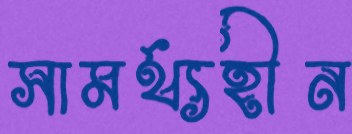
সামর্থ্যহীন